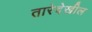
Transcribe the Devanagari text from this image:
तारेदेखील